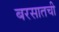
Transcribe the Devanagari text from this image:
बरसातची